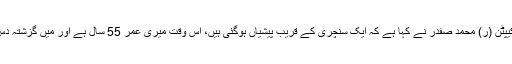
منگل کو احتساب عدالت میں پیشی سے قبل میڈیا سے مختصر گفتگو میںمسلم لیگ (ن) کے رہنما کیپٹن (ر) محمد صفدر نے کہا ہے کہ ایک سنچری کے قریب پیشیاں ہوگئی ہیں، اس وقت میری عمر 55 سال ہے اور میں گزشتہ دس سالوں سے ایم این اے ہوں،عمر بیت گئی کورٹ کچہریوں کی پیشیوں میں حاضری لگاتے ہوئے۔